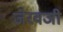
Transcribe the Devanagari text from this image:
जेरवजी